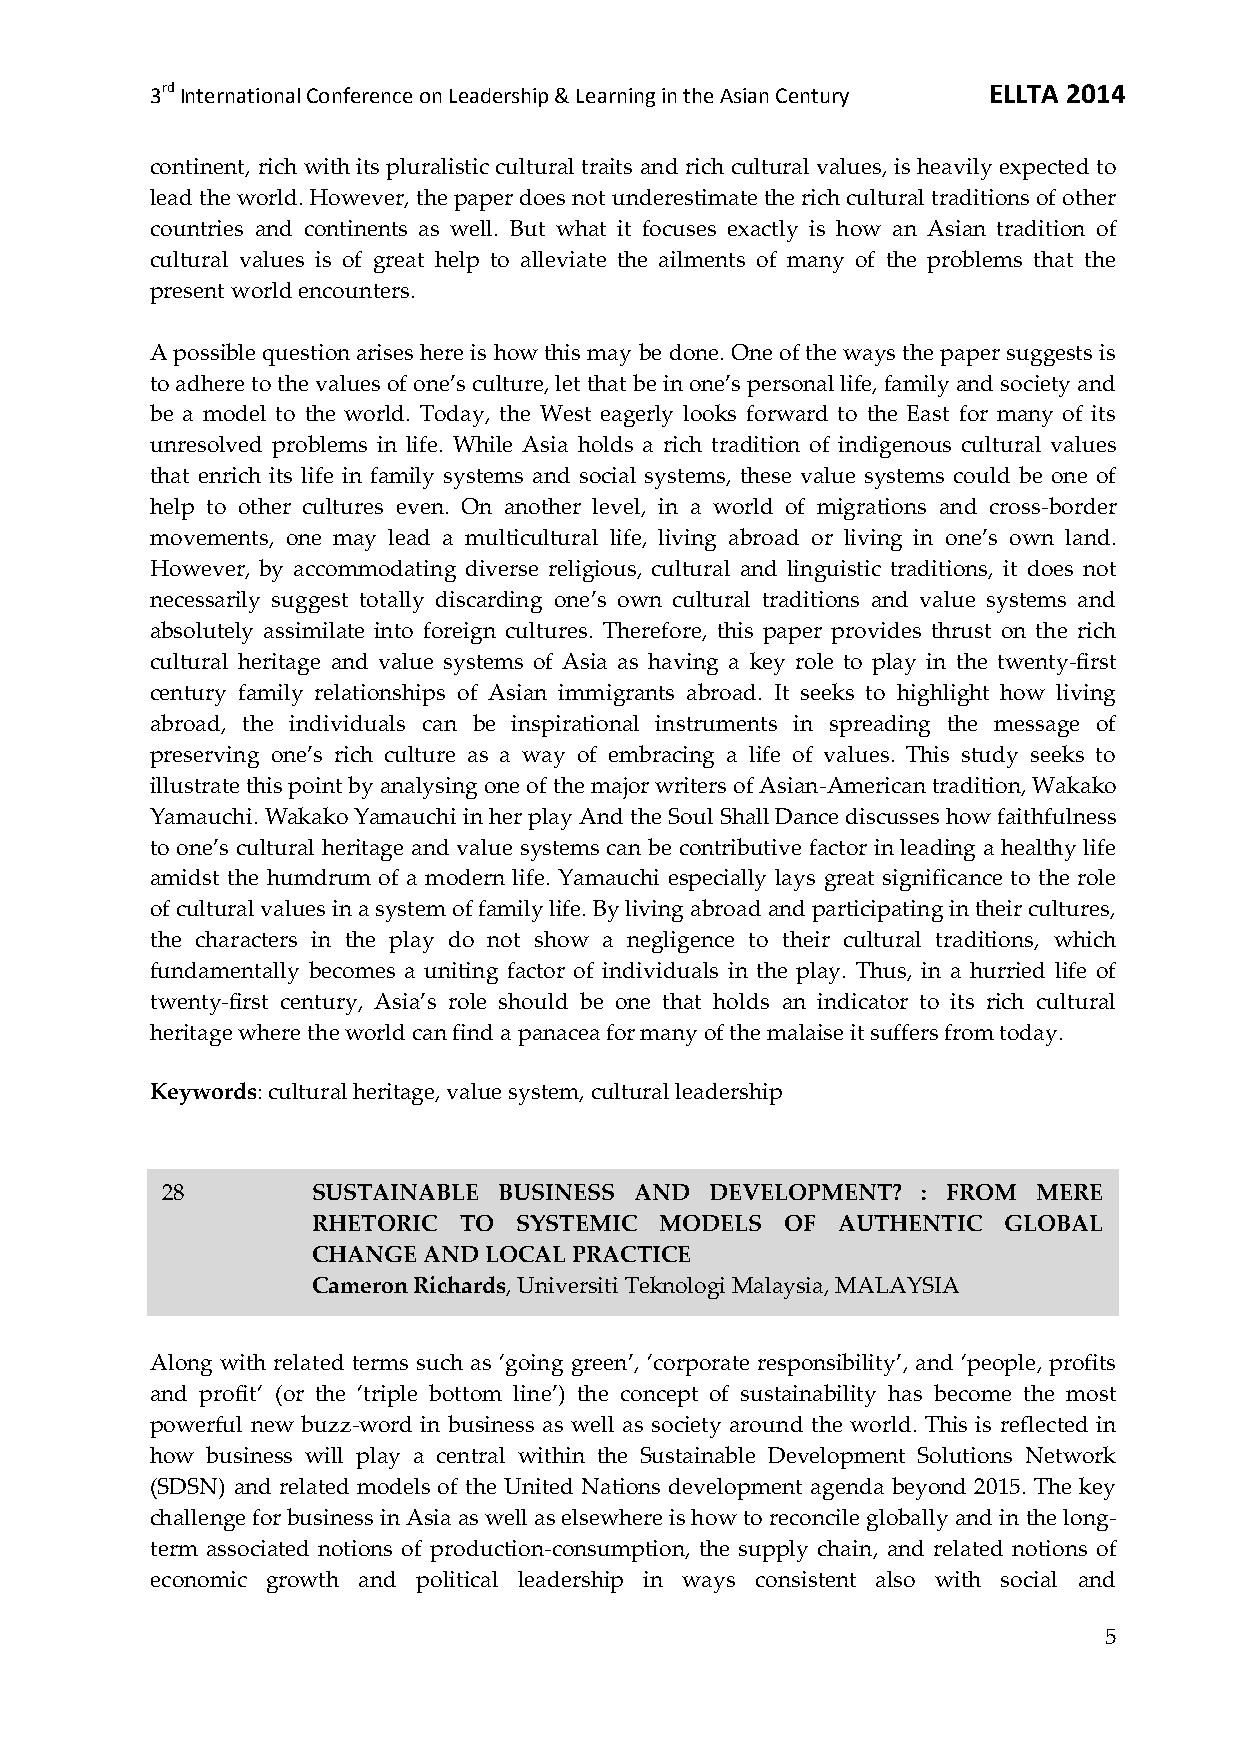
3rd International Conference on Leadership & Learning in the Asian Century ELLTA 2014
 continent, rich with its pluralistic cultural traits and rich cultural values, is heavily expected to
 lead the world. However, the paper does not underestimate the rich cultural traditions of other
 countries and continents as well. But what it focuses exactly is how an Asian tradition of
 cultural values is of great help to alleviate the ailments of many of the problems that the
 present world encounters.
 A possible question arises here is how this may be done. One of the ways the paper suggests is
 to adhere to the values of one’s culture, let that be in one’s personal life, family and society and
 be a model to the world. Today, the West eagerly looks forward to the East for many of its
 unresolved problems in life. While Asia holds a rich tradition of indigenous cultural values
 that enrich its life in family systems and social systems, these value systems could be one of
 help to other cultures even. On another level, in a world of migrations and cross-border
 movements, one may lead a multicultural life, living abroad or living in one’s own land.
 However, by accommodating diverse religious, cultural and linguistic traditions, it does not
 necessarily suggest totally discarding one’s own cultural traditions and value systems and
 absolutely assimilate into foreign cultures. Therefore, this paper provides thrust on the rich
 cultural heritage and value systems of Asia as having a key role to play in the twenty-first
 century family relationships of Asian immigrants abroad. It seeks to highlight how living
 abroad, the individuals can be inspirational instruments in spreading the message of
 preserving one’s rich culture as a way of embracing a life of values. This study seeks to
 illustrate this point by analysing one of the major writers of Asian-American tradition, Wakako
 Yamauchi. Wakako Yamauchi in her play And the Soul Shall Dance discusses how faithfulness
 to one’s cultural heritage and value systems can be contributive factor in leading a healthy life
 amidst the humdrum of a modern life. Yamauchi especially lays great significance to the role
 of cultural values in a system of family life. By living abroad and participating in their cultures,
 the characters in the play do not show a negligence to their cultural traditions, which
 fundamentally becomes a uniting factor of individuals in the play. Thus, in a hurried life of
 twenty-first century, Asia’s role should be one that holds an indicator to its rich cultural
 heritage where the world can find a panacea for many of the malaise it suffers from today.
 Keywords: cultural heritage, value system, cultural leadership
 28        SUSTAINABLE BUSINESS AND  DEVELOPMENT?  : FROM  MERE
 RHETORIC TO  SYSTEMIC  MODELS  OF AUTHENTIC  GLOBAL
 CHANGE AND LOCAL PRACTICE
 Cameron Richards, Universiti Teknologi Malaysia, MALAYSIA
 Along with related terms such as ‘going green’, ‘corporate responsibility’, and ‘people, profits
 and profit‘ (or the ‘triple bottom line’) the concept of sustainability has become the most
 powerful new buzz-word in business as well as society around the world. This is reflected in
 how business will play a central within the Sustainable Development Solutions Network
 (SDSN) and related models of the United Nations development agenda beyond 2015. The key
 challenge for business in Asia as well as elsewhere is how to reconcile globally and in the long-
 term associated notions of production-consumption, the supply chain, and related notions of
 economic growth and political leadership in ways consistent also with social and
 5